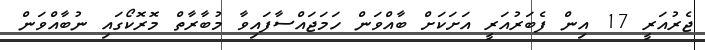
ޖެރުއަރީ 17 އިން ފެބަރުއަރީ އަށަކަށް ބާއްވަން ހަމަޖައްސާފައިވާ މުބާރާތް މޮރޮކޯގައި ނުބާއްވަން